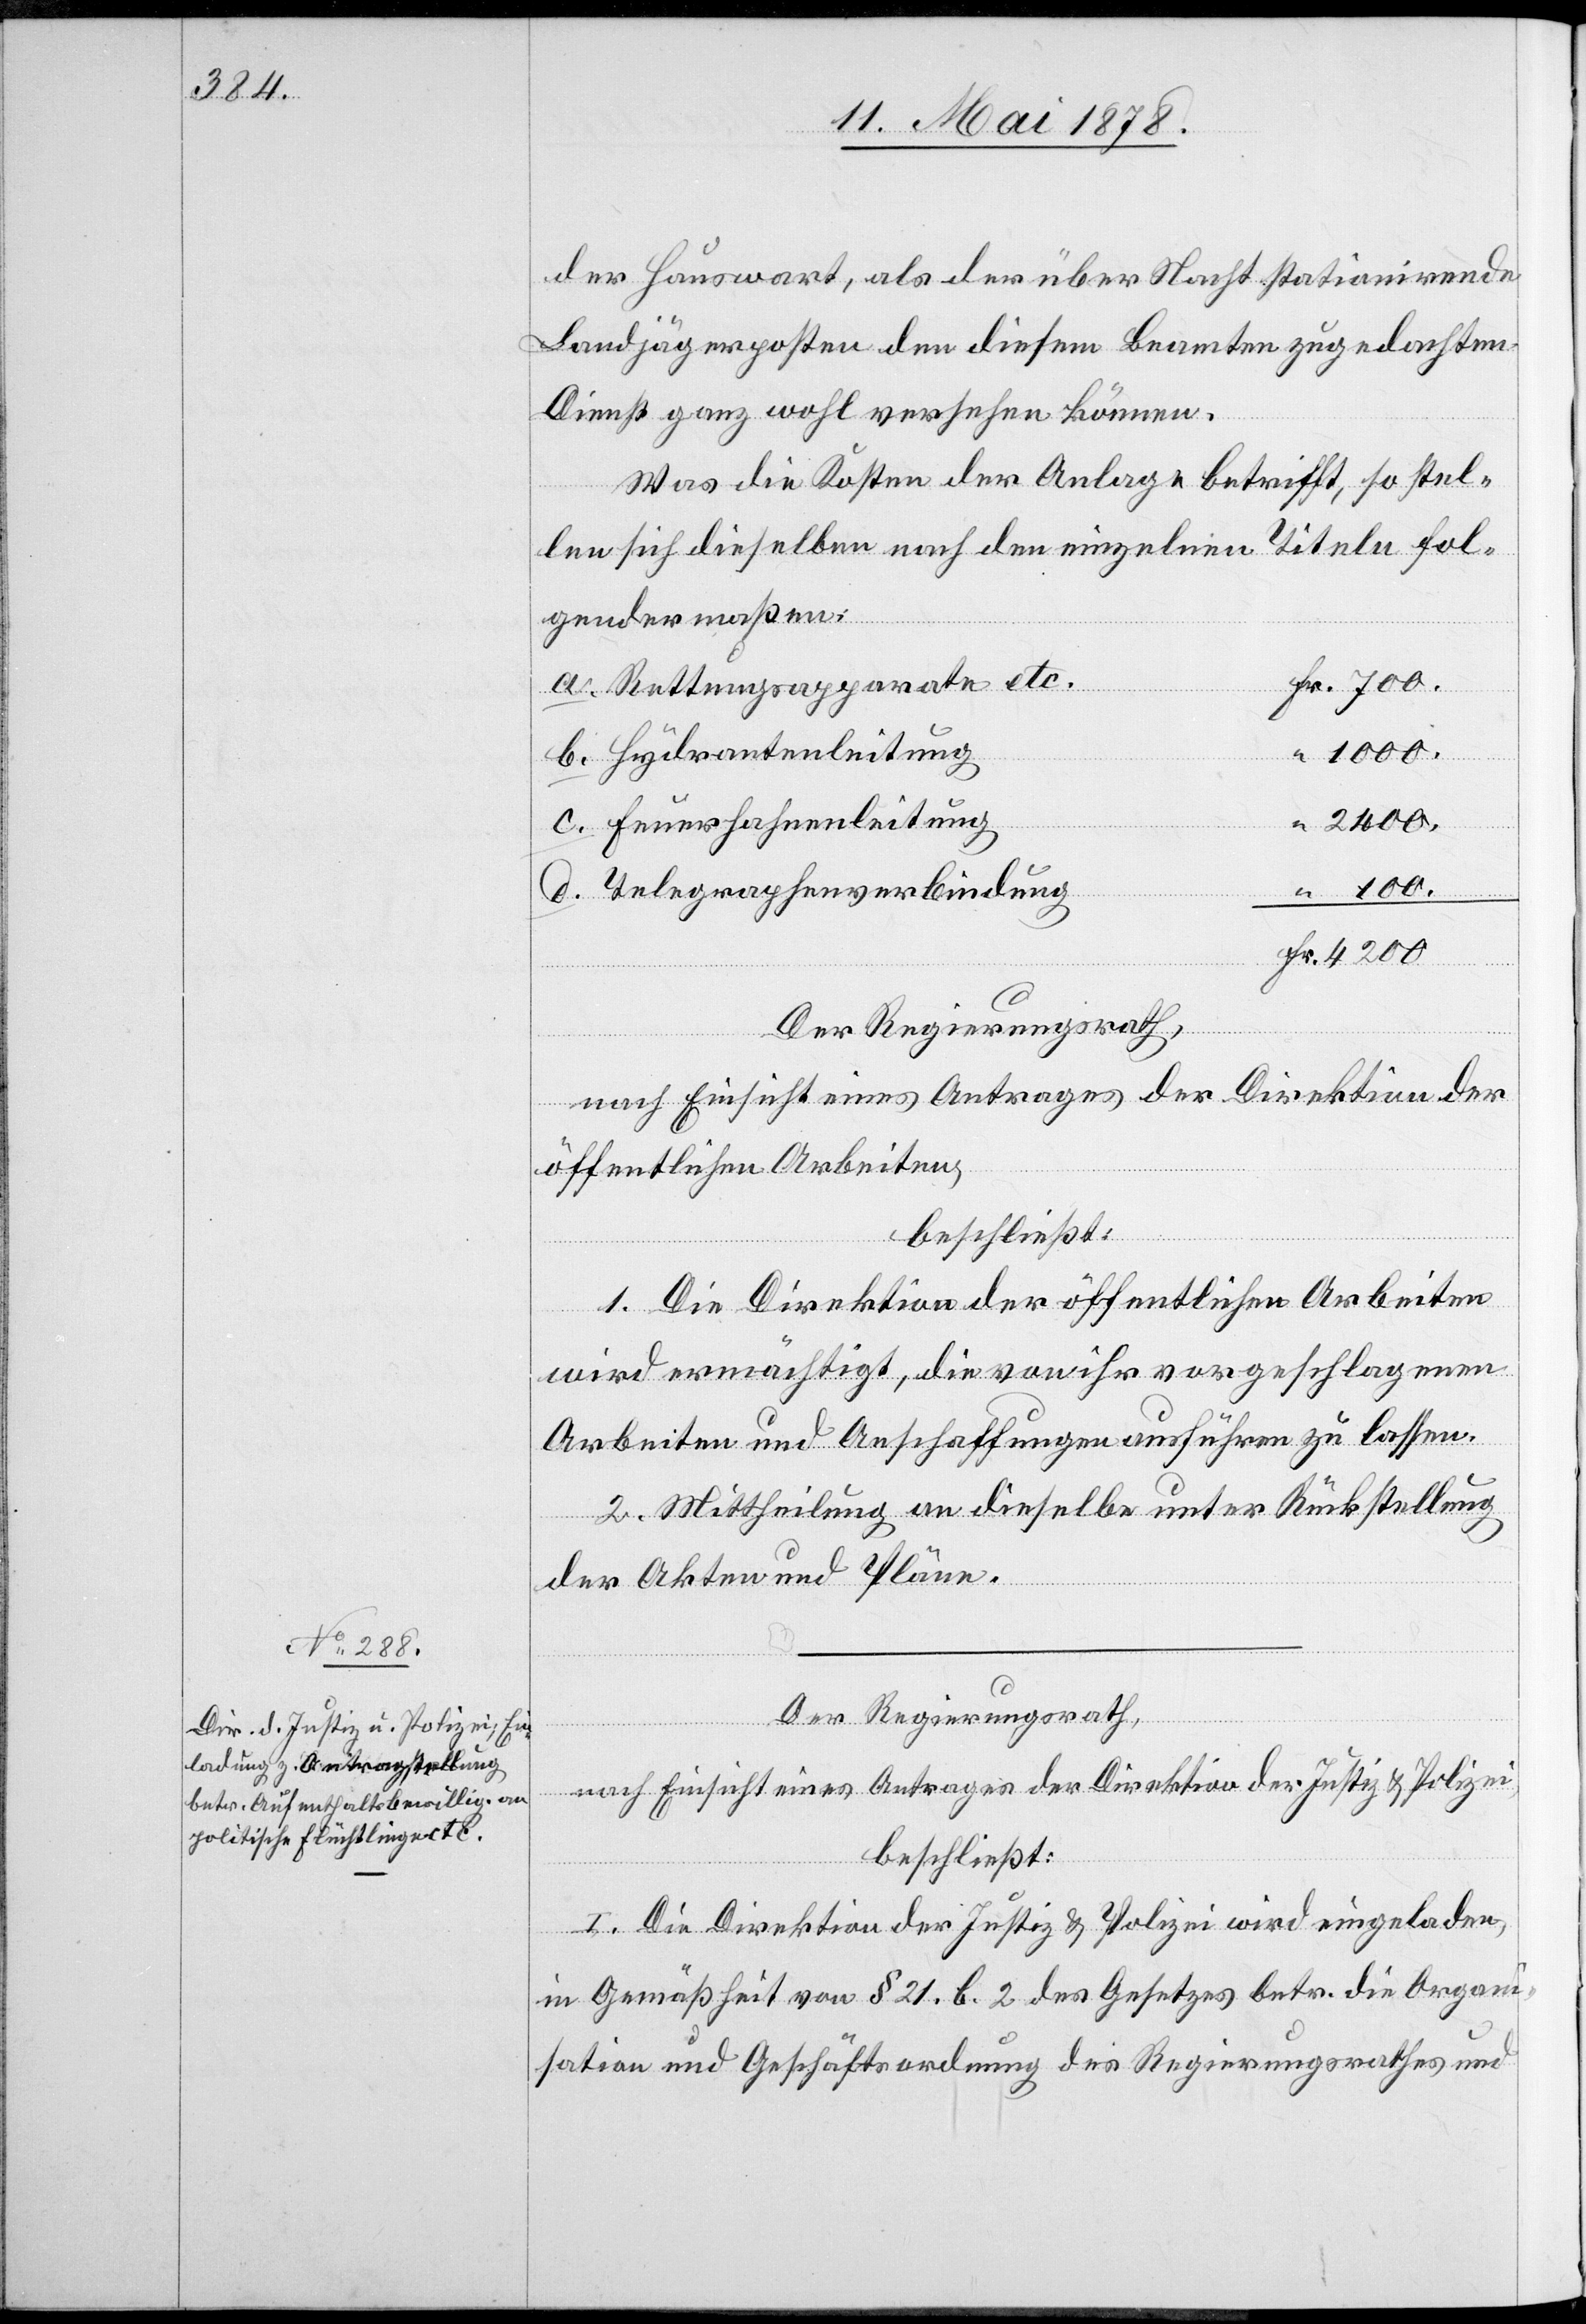
der Hauswart, als der über Nacht stationirende
Landjägerposten den diesen Beamten zugedachten
Dienst ganz wohl versehen können.
Was die Kosten der Anlage betrifft, so stel¬
len sich dieselben nach den einzelnen Titel fol¬
gendermaßen:
Rettungsapparate etc.
1000.
Hydrantenleitung
2400.
Feuerhahnenleitung
Fr.
100.
Telegraphenverbindung
Der Regierungsrath,
nach Einsicht eines Antrages der Direktion der
öffentlichen Arbeiten,
beschließt:
1. Die Direktion der öffentlichen Arbeiten
wird ermächtigt, die von ihr vorgeschlagenen
Arbeiten und Anschaffungen ausführen zu lassen.
2. Mittheilung an dieselbe unter Rückstellung
der Akten und Pläne.
Der Regierungsrath,
nach Einsicht eines Antrages der Direktion der Justiz & Polizei,
beschließt:
I. Die Direktion der Justiz & Polizei wird eingeladen,
in Gemäßheit von § 21. b. 2 des Gesetzes betr. die Organi¬
sation und Geschäftsordnung des Regierungsrathes und

Fr.